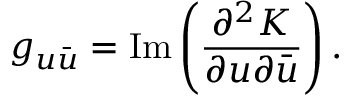
g _ { u \bar { u } } = \mathrm { I m } \left( \frac { \partial ^ { 2 } K } { \partial u \partial \bar { u } } \right) .